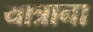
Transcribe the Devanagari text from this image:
यात्राना